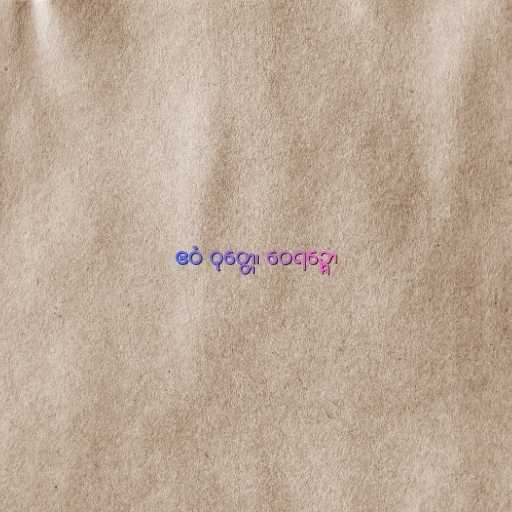
ဧဝံ ဝုတ္တေ၊ ဝေရဉ္ဇော